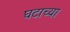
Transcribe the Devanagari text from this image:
घटाच्या